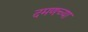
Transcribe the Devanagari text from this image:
दमणच्या